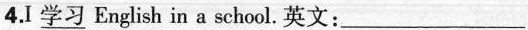
4.I \underline{学习} English in a school.英文: ___